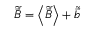
\widetilde { \vec { B } } = \left< \widetilde { \vec { B } } \right> + \widetilde { \vec { b } }